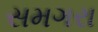
સમગરા